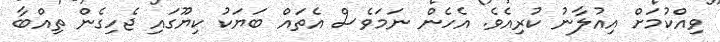
ވިއްކުމަށް އިއުލާނު ކުރިއެވެ. އެހެން ނަމަވެސް އެތައް ބަޔަކު ކިޔޫގައި ޖެހިގެން ތިއްބާ